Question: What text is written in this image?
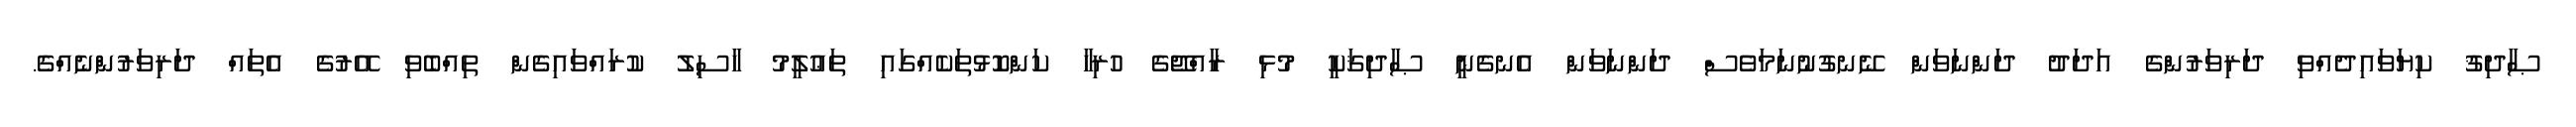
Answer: ޞާދިޤު ކިޔަވައިދެއްވި ދަރިވަރުންގެ އަދަދު ދަންނަވަން ނޭނގުނުނަމަވެސް ދަންނަވަން އެނގެނީ ޞާދިޤަކީ މުޅި ރާއްޖޭގެ ހުރިހާ ކަންކޮޅުތަކެއްގައި ތަޢުލީމު ހާސިލު ކުރައްވައިގެން ތިއްބެވި އޭރުގެ އެތައް ދަރިވަރުންނެއްގެ.